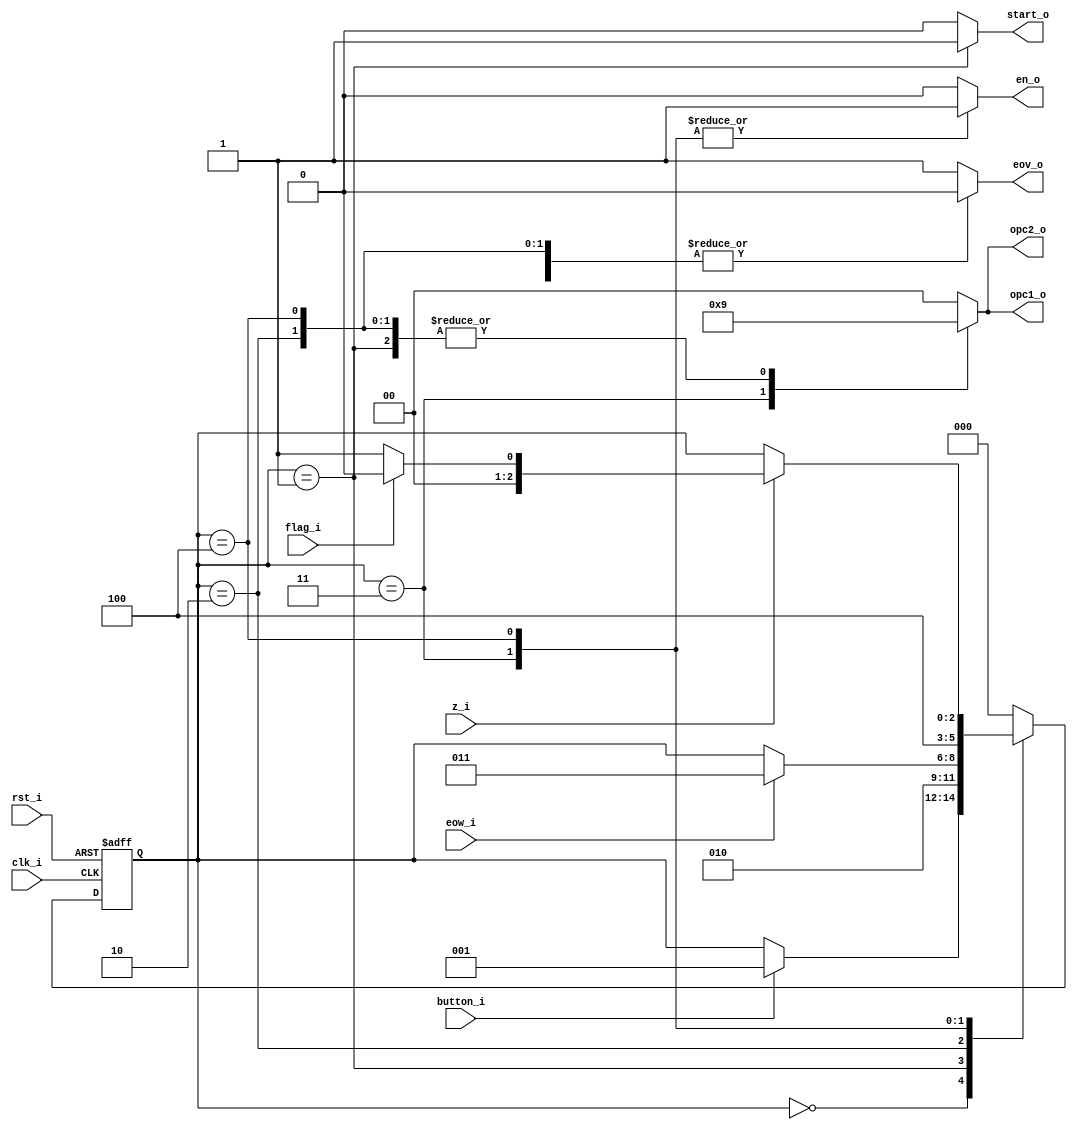
// Name: fsm_spiw.v
//
// Description: Maquina de estados utilizada para controlar (escribir) el ADC.

module fsm_volts_steps (
  input            rst_i,
  input            clk_i,
  input            button_i,
  input            z_i,
  input            flag_i,
  input            eow_i,
  output reg       start_o,
  output reg       en_o,
  output reg [1:0] opc1_o,
  output reg [1:0] opc2_o, 
  output reg       eov_o
);

  localparam [2:0] s0 = 3'b000, //  
                   s1 = 3'b001, // 
                   s2 = 3'b010, // 
                   s3 = 3'b011, // 
                   s4 = 3'b100; // 


  reg [2:0] present_state, next_state;

  always @(button_i, z_i, flag_i, eow_i, present_state) begin
    next_state = present_state;
    start_o = 1'b0; en_o = 1'b0; opc1_o = 2'b00; opc2_o = 2'b00; eov_o = 1'b1;
    case (present_state)
      s0 : begin
             start_o = 1'b0; en_o = 1'b0; opc1_o = 2'b00; opc2_o = 2'b00; eov_o = 1'b1;
             if (button_i)
               next_state = s1;
           end

      s1 : begin
             start_o = 1'b1; en_o = 1'b0; opc1_o = 2'b01; opc2_o = 2'b01; eov_o = 1'b0;
             next_state = s2;
           end

      s2 : begin
             start_o = 1'b0; en_o = 1'b0; opc1_o = 2'b01; opc2_o = 2'b01; eov_o = 1'b0;
             if (eow_i)
               next_state = s3;
           end

      s3 : begin
             start_o = 1'b0; en_o = 1'b1; opc1_o = 2'b10; opc2_o = 2'b10; eov_o = 1'b0;
             next_state = s4;
           end 

      s4 : begin
		     start_o = 1'b0; en_o = 1'b1; opc1_o = 2'b01; opc2_o = 2'b01; eov_o = 1'b0;
		  	 if (z_i) begin
			    if (flag_i) begin
				  next_state = s0;
				end else begin
				  next_state = s1;
				end
		     end
           end

      default: begin
                 next_state = s0;
               end
    endcase
  end

  always @(posedge clk_i, posedge rst_i) begin
    if (rst_i)
      present_state <= s0;
    else
      present_state <= next_state;
  end

endmodule